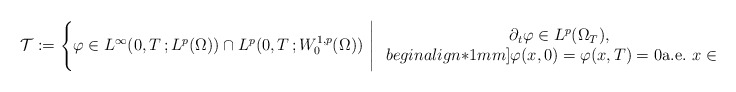
\begin{align*}\mathcal{T} : = \left\{ \varphi \in L^\infty(0,T\,; L^p(\Omega)) \cap L^p (0, T\,; W^{1, p}_0 (\Omega)) \,\,\Bigg|\left.\begin{array}{c}\partial_t \varphi \in L^p(\Omega_T), \\begin{align*}1mm]\varphi (x,0)= \varphi (x,T)=0 \textrm{a.e.}\,\, x \in \Omega \end{array}\right.\right\},\end{align*}